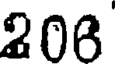
206